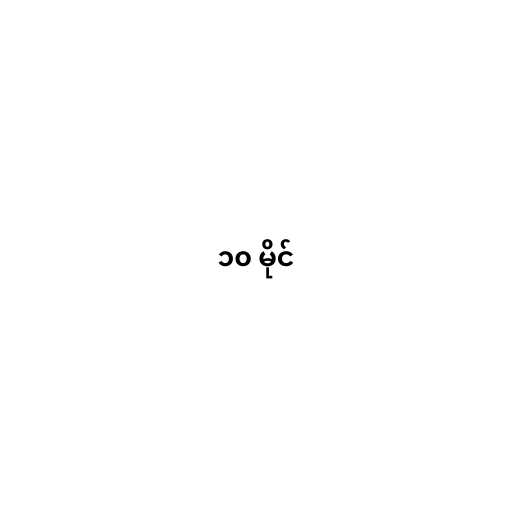
၁၀ မိုင်